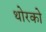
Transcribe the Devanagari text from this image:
थोरको